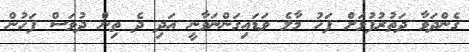
ގެންދަވާ ދަތުރުފުޅަށް ފަހު މާލެ ވަޑައިގަންނަވާނީ އަދި ދެ ތިން ދުވަސް ފަހުން